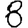
Digit: 8